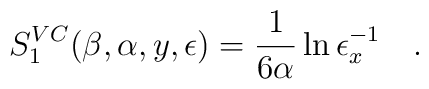
S_1^{VC}(\beta,\alpha,y,\epsilon)={1 \over 6\alpha}\ln{	\epsilon_x^{-1}}~~~.